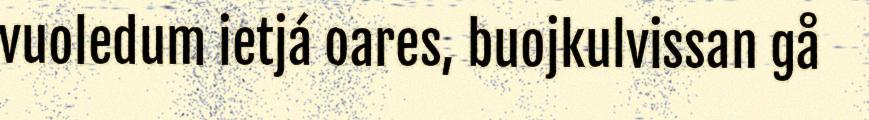
vuoledum ietjá oares, buojkulvissan gå